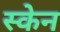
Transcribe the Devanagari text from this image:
स्‍केन